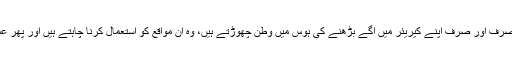
ایک دوسری قسم ان لوگوں کی ہے جو صرف اور صرف اپنے کیریئر میں آگے بڑھنے کی ہوس میں وطن چھوڑتے ہیں، وہ ان مواقع کو استعمال کرنا چاہتے ہیں اور پھر عمر بھر کے لئے وہیں آباد ہو جاتے ہیں۔